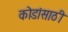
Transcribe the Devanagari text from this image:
कोडांसाठी